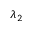
\lambda _ { 2 }